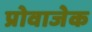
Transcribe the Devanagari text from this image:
प्रोवाजेक